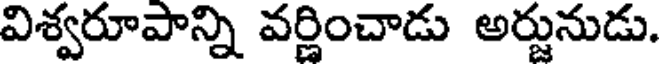
విశ్వరూపాన్ని వర్ణించాడు అర్జునుడు.